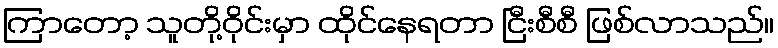
ကြာတော့ သူတို့ဝိုင်းမှာ ထိုင်နေရတာ ငြီးစီစီ ဖြစ်လာသည်။